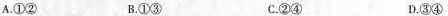
A.①② B.①③ C.②④ D.③④